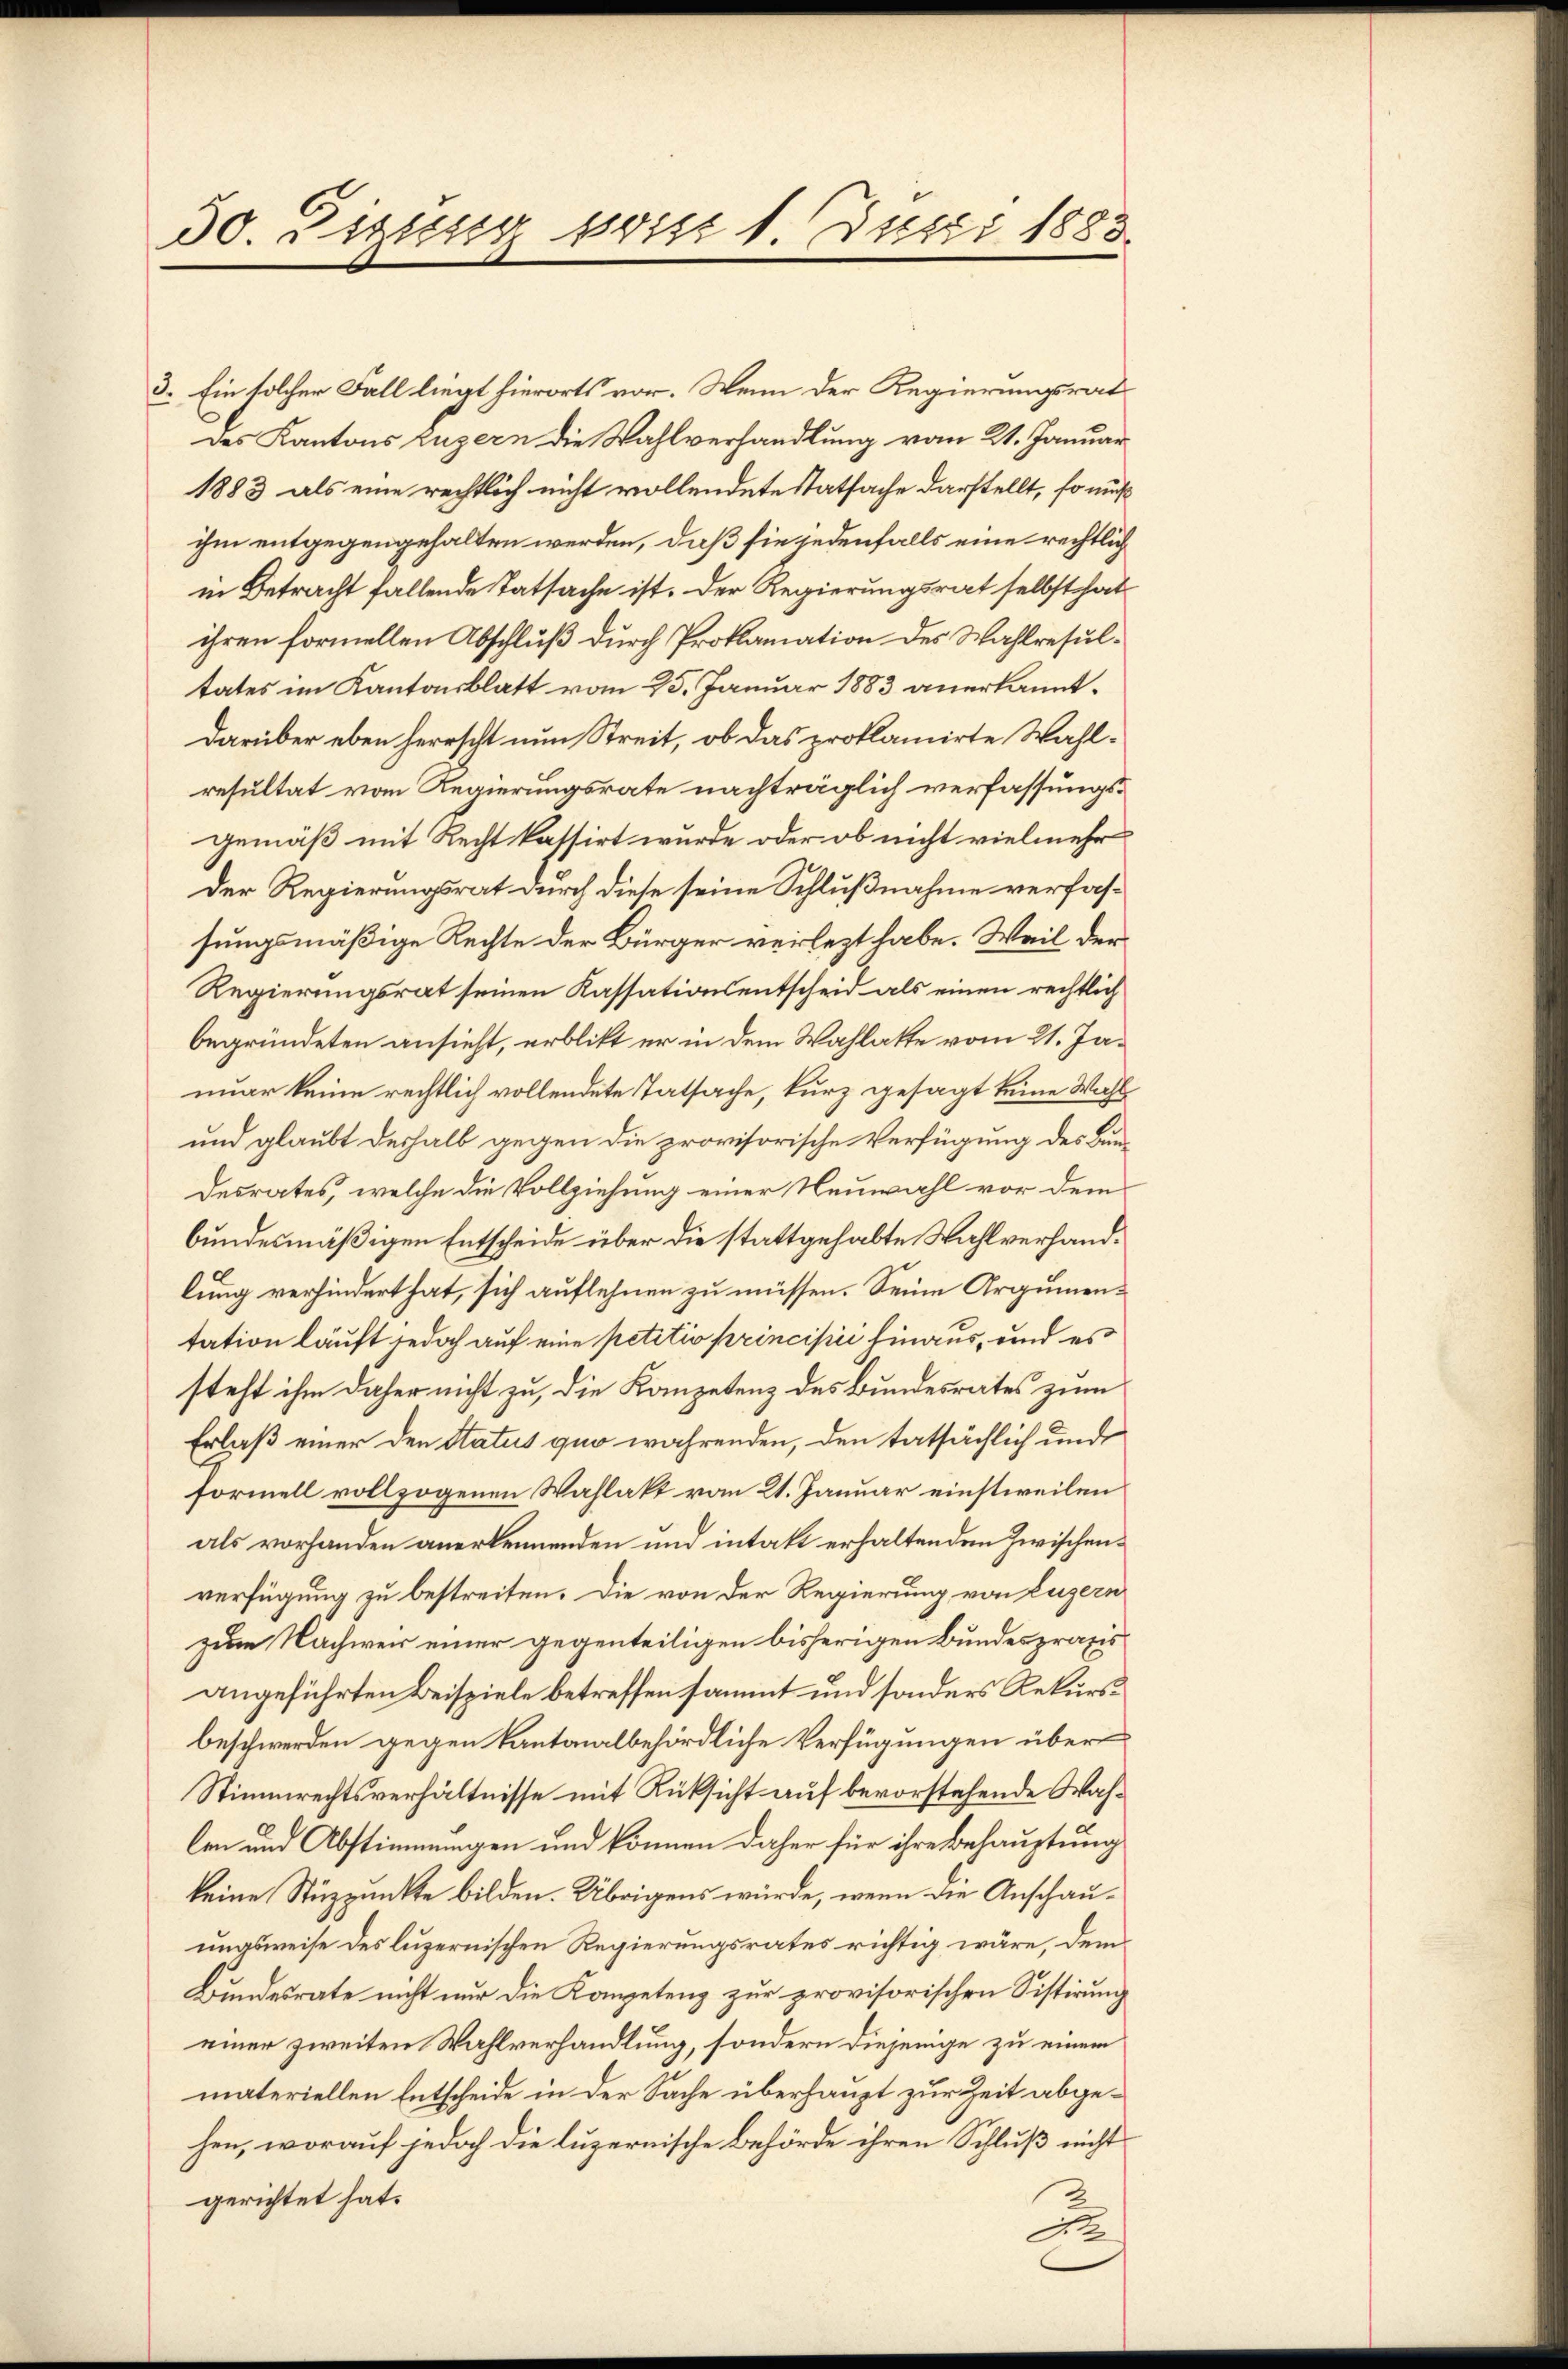
30.szissig ist 1. Justi 1883

3. Ein solcher Fall liegt hierorts vor. Wenn der Regierungsrat
des Kantons Luzern die Wahlverhandlung vom 21. Januar
1883 als eine rechtlich nicht vollendete statsache darstellt, so muß
ihm entgegengehalten werden, daß sie jedenfalls eine rechtlich
in Betracht fallende Tatsache ist. Der Regierungsrat selbst hat
ihren formellen Abschluß durch Proklamation des Wahlresultates im Kantonsblatt vom 25. Januar 1883 anerkannt.
darüber eben herrscht nun Streit, ob das proklamirte Wahlresultat vom Regierungsrate nachträglich verfassungs-
gemäß mit Recht kassirt wurde oder ob nicht vielmehr
Der Regierungsrat durch diese seine Schlußnahme verfassungsmäßige Rechte der Bürger verlezt habe. Weil der
Regierungsrat seinen Kassationsentscheid als einen rechtlich
begründeten ansieht, erblickt er in dem Wahlatte vom 21. Januar keine rechtlich vollendete Tatsache, kurz gesagt keine Wahl
und glaubt deshalb gegen die provisorische Verfügung des Bundesrates, welche die Vollziehung einer Neuwahl vor dem
bundesmäßigen Entscheide über die stattgehabte Wahlverhandlung verhindert hat, sich auflehnen zu müssen. Seine Argumentation läuft jedoch auf eine petitio principii hinaus, und es
steht ihm daher nicht zu, die Kompetenz des Bundesrates zum
Erlaß einer den Status quo währenden, den tatsächlich und
formell vollzogenen Wahlakt vom 21. Januar einstweilen
als vorhanden anerkennenden und intakt erhaltenden Zwischenverfügung zu bestreiten. Die von der Regierung von Luzern
zum Nachweis einer gegenteiligen bisherigen Bundespraxis
angeführten Beispiele betreffen sammt und sonders Rekursbeschwerden gegen kantonalbehördliche Verfügungen über
Stimmrechtsverhältnisse mit Rüksicht auf bevorstehende Wahlen und Abstimmungen und können daher für ihre Behauptung
keine Stuzpunkte bilden. Übrigens würde, wenn die Anschauungsweise des luzernischen Regierungsrates richtig wäre, dem¬
Bundesrate nicht nur die Kompetenz zur provisorischen Sistirung
einer zweiten Wahlverhandlung, sondern diejenige zu einem
materiellen Entscheide in der Sache überhaupt zur Zeit abgehen, worauf jedoch die luzernische Behörde ihren Schluß nicht
gerichtet hat.
d